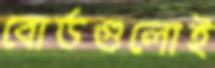
বোর্ডগুলোই